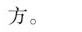
方。